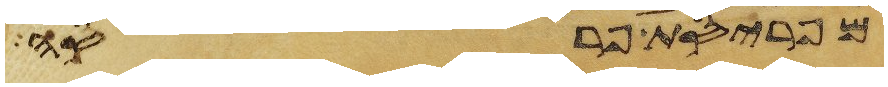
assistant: מפריסת פרסה